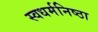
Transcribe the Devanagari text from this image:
स्वधर्मनिष्ठा